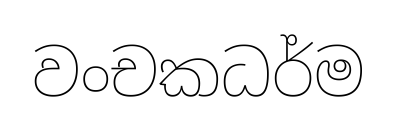
වංචකධර්ම